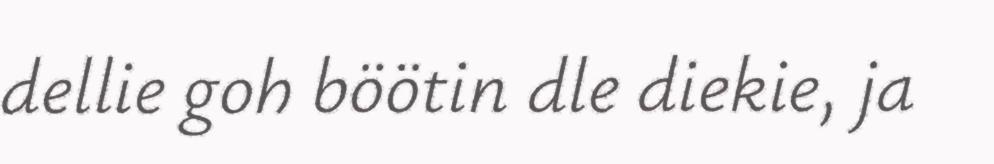
dellie goh böötin dle diekie, ja